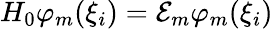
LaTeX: H_{0}\varphi_{m}(\xi_{i})={\cal E}_{m}\varphi_{m}(\xi_{i})